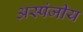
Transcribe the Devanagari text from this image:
अस्पंजीय